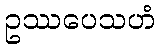
ဥဿပေသဟံ